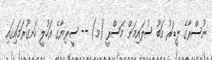
ނުސްރާގެ ލީޑަރު އަބޫ ސުލައިމަން މަސްރީ (މ) -- ސީރިޔާގެ އަހުލީ ހަނގުރަމައިގައި